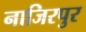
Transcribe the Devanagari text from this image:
नाजिरपुर